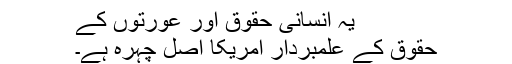
یہ انسانی حقوق اور عورتوں کے
حقوق کے علمبردار امریکا اصل چہرہ ہے۔